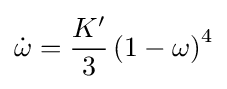
{\dot {\omega }}={\frac {K^{\prime }}{3}}\left(1-\omega \right)^{4}